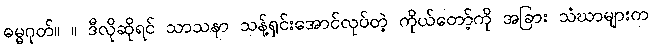
ဓမ္မဂုတ်။ ။ ဒီလိုဆိုရင် သာသနာ သန့်ရှင်းအောင်လုပ်တဲ့ ကိုယ်တော့်ကို အခြား သံဃာများက